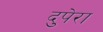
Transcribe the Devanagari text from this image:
दुपेरा